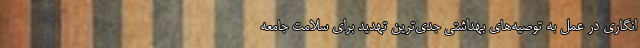
‌انگاری در عمل به توصیه‌های بهداشتی جدی‌ترین تهدید برای سلامت جامعه